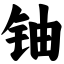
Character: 铀